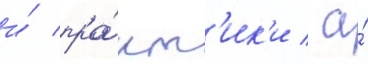
и́ пра́кт'ик'и / а́